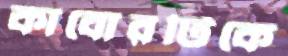
কাবোরটিকে